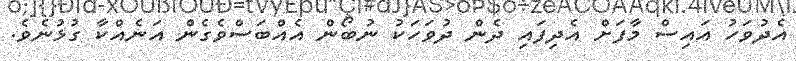
އެދުވަހު އައިސް މާފަށް އެދިފައި ދެން ދުވަހަކު ނުބޯން އެއްބަސްވެގެން އަނެއްކާ ގުޅުނެވެ.